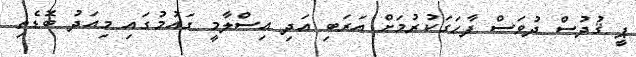
ޕީ ޤުދުސް ދުވަސް ފާހަގަކުރުމަށް އަރަބި އަދި އިސްލާމީ ގައުމުގައި މިއަދު ބޮޑެތި